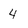
Character: 4